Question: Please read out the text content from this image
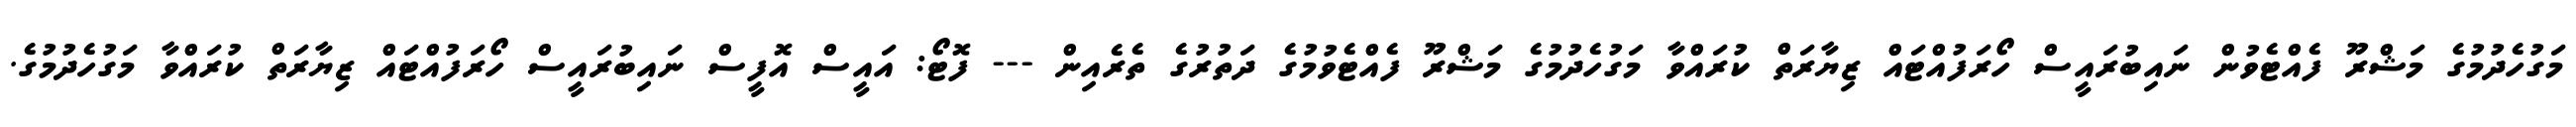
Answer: މަގުހެދުމުގެ މަޝްރޫ ފެއްޓެވުން ނައިބުރައީސް ހޯރަފުއްޓައް ޒިޔާރަތް ކުރައްވާ މަގުހެދުމުގެ މަޝްރޫ ފެއްޓެވުމުގެ ދަތުރުގެ ތެރެއިން --- ފޮޓޯ: އައީސް އޮފީސް ނައިބުރައީސް ހޯރަފުއްޓައް ޒިޔާރަތް ކުރައްވާ މަގުހެދުމުގެ.